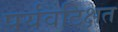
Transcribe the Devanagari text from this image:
पर्यवटिक्षत